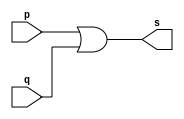
// -------------------------
// Exercicio10 - OR4IN
// Nome: Willian Antonio dos Santos
// -------------------------
// -------------------------
// -- or gate 2IN
// -------------------------
module orgate (output s, input p, input q);
       assign s = (p | q);
endmodule // orgate
// -------------------------
// -- or gate 4IN
// -------------------------
module orgate4 (output s, input p, input q, input r, input t);
       wire s1, s2;
       orgate OR1 (s1, p, q);
       orgate OR2 (s2, r, t);
       orgate OR3 (s, s1, s2);
endmodule // orgate4
// -------------------------
// -- test or gate 4IN
// -------------------------
module testorgate;
        // ------------------------- dados locais
        reg a, b, c, d;    // definir registrador
        reg [3:0] count;
        wire s;      // definir conexao (fio)
        // ------------------------- instancia
        orgate4 OR4 (s, a, b, c, d);
        // ------------------------- preparacao
        initial begin:start
                     // valores iniciais
                a=0; b=0; c=0; d=0; count=0;
        end
        // ------------------------- parte principal
        initial begin:main
                     // execucao unitaria
                $display("Exercicio10 - Willian Antonio dos Santos - 462020");
                $display("Test OR gate 4IN:");
                $display("\n(a | b | c | d) = s\n");
                $monitor("(%b | %b | %b | %b) = %b", a, b, c, d, s);
                count = 0;
                repeat (15) begin
                       count <= count + 1;
                       #1 a<=count[3]; b<=count[2]; c<=count[1]; d<=count[0];
                end
        end
endmodule // testorgate